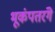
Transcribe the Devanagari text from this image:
भूकंपतरंगे